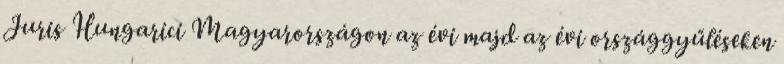
Juris Hungarici Magyarországon az évi majd az évi országgyűléseken